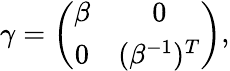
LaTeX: \gamma=\left(\begin{array}{cc}{{\beta}}&{{0}}\\ {{0}}&{{(\beta^{-1})^{T}}}\end{array}\right),